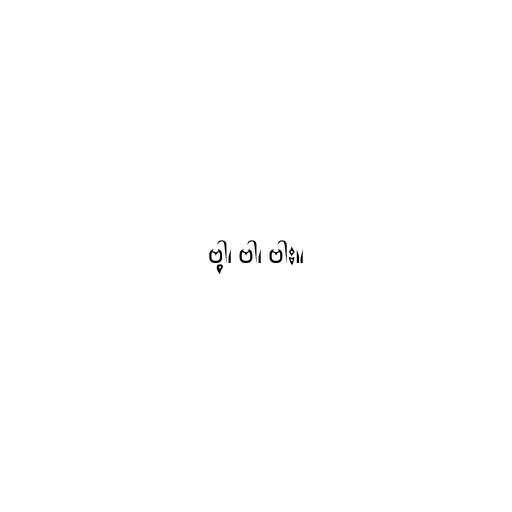
ဗါ့၊ ဗါ၊ ဗါး။